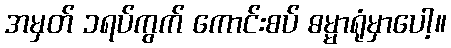
အမှတ် ၁ရပ်ကွက် ကောင်းစပ် ဓမ္မာရုံမှာပေါ့။